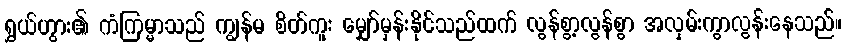
ရွှယ်ဟွား၏ ကံကြမ္မာသည် ကျွန်မ စိတ်ကူး မျှော်မှန်းနိုင်သည်ထက် လွန်စွာ့လွန်စွာ အလှမ်းကွာလွန်းနေသည်။